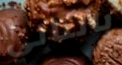
بالتالي